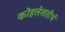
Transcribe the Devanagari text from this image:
कोहलेशतीर्थ